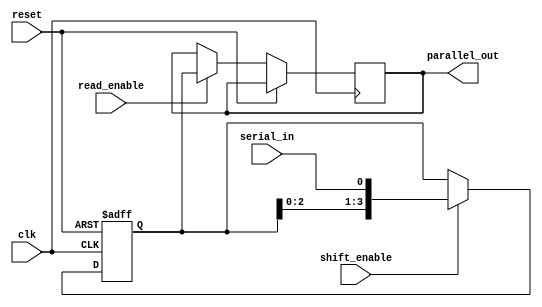
module SIPO_shift_register(
    input clk,
    input reset,
    input serial_in,
    input shift_enable,
    input read_enable,
    output reg [3:0] parallel_out
);

reg [3:0] register;

always @(posedge clk or posedge reset) begin
    if (reset) begin
        register <= 4'b0000;
    end else begin
        if (shift_enable) begin
            register <= {register[2:0], serial_in};
        end
        
        if (read_enable) begin
            parallel_out <= register;
        end
    end
end

endmodule